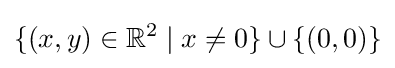
\{(x,y)\in \mathbb {R} ^{2}\mid x\neq 0\}\cup \{(0,0)\}